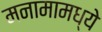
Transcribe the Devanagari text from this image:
मनामामध्ये